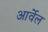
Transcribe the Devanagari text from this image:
आर्वेल